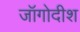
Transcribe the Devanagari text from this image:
जॉगोदीश